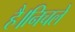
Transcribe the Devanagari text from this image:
है।निचले